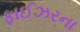
ફાઈઝરના